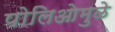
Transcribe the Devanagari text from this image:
पोलिओमुळे